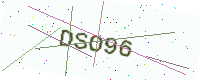
Text: DSO96